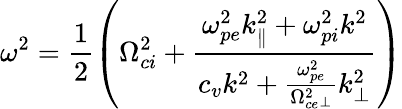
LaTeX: \omega^{2}=\frac{1}{2}\left(\Omega_{ci}^{2}+\frac{\omega_{pe}^{2}k_{\parallel}^{2}+\omega_{pi}^{2}k^{2}}{c_{v}k^{2}+\frac{\omega_{pe}^{2}}{\Omega_{ce}^{2}{}_{\perp}}k_{\perp}^{2}}\right)